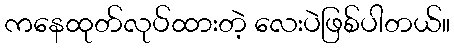
ကနေထုတ်လုပ်ထားတဲ့ လေးပဲဖြစ်ပါတယ်။